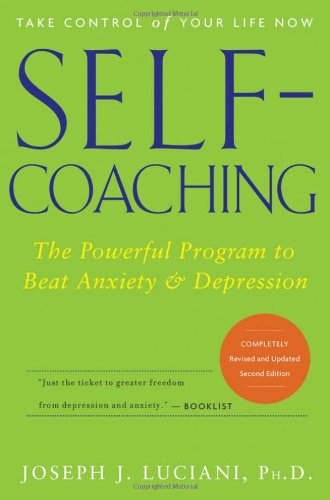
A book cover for Self-Coaching: The Powerful Program to Beat Anxiety and Depression, 2nd Edition, Completely Revised and Updated; Joseph J. Luciani; Health, Fitness & Dieting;